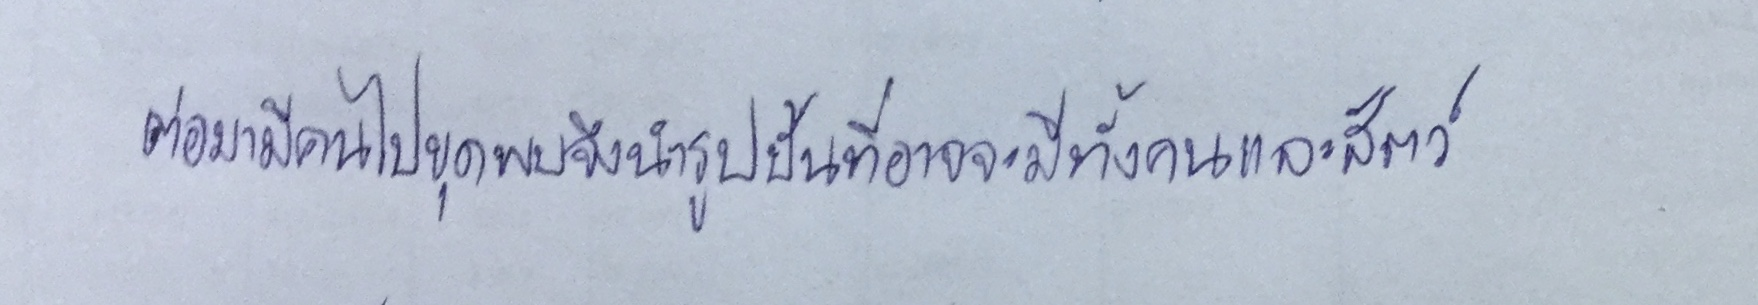
ต่อมามีคนไปขุดพบจึงนำรูปปั้นที่อาจจะมีทั้งคนและสัตว์